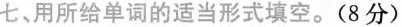
七、用所给单词的适当形式填空。(8 分)